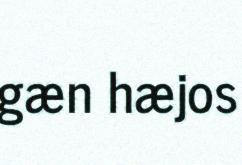
gæn hæjos